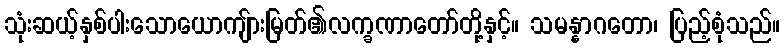
သုံးဆယ့်နှစ်ပါးသောယောကျ်ားမြတ်၏လက္ခဏာတော်တို့နှင့်။ သမန္နာဂတော၊ ပြည့်စုံသည်။